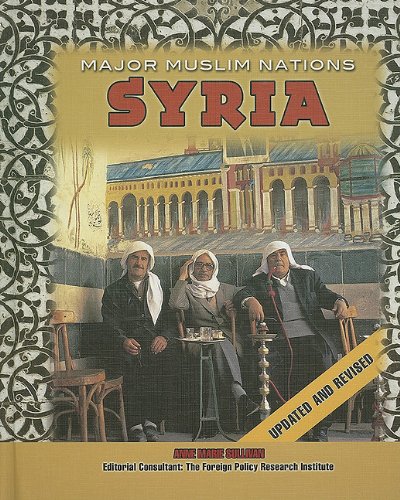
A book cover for Syria (Major Muslim Nations); Anne Marie Sullivan; Children's Books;